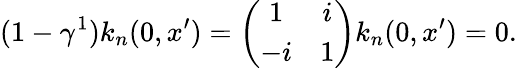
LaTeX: (1-\gamma^{1})k_{n}(0,x^{\prime})=\left(\begin{array}{cc}{{1}}&{{i}}\\ {{-i}}&{{1}}\end{array}\right)k_{n}(0,x^{\prime})=0.